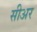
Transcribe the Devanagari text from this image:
सीअर